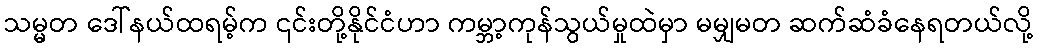
သမ္မတ ဒေါ်နယ်ထရမ့်က ၎င်းတို့နိုင်ငံဟာ ကမ္ဘာ့ကုန်သွယ်မှုထဲမှာ မမျှမတ ဆက်ဆံခံနေရတယ်လို့